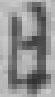
日